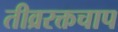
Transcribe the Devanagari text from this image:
तीव्ररक्तचाप